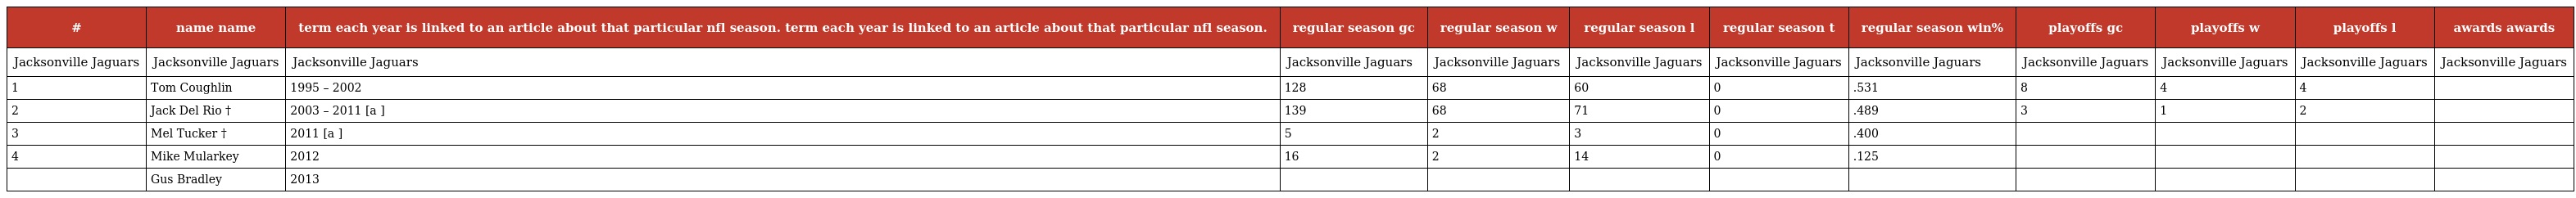
| # | name name | term each year is linked to an article about that particular nfl season. term each year is linked to an article about that particular nfl season. | regular season gc | regular season w | regular season l | regular season t | regular season win% | playoffs gc | playoffs w | playoffs l | awards awards |
 | --- | --- | --- | --- | --- | --- | --- | --- | --- | --- | --- | --- |
 | Jacksonville Jaguars | Jacksonville Jaguars | Jacksonville Jaguars | Jacksonville Jaguars | Jacksonville Jaguars | Jacksonville Jaguars | Jacksonville Jaguars | Jacksonville Jaguars | Jacksonville Jaguars | Jacksonville Jaguars | Jacksonville Jaguars | Jacksonville Jaguars |
 | 1 | Tom Coughlin | 1995 – 2002 | 128 | 68 | 60 | 0 | .531 | 8 | 4 | 4 |  |
 | 2 | Jack Del Rio † | 2003 – 2011 [a ] | 139 | 68 | 71 | 0 | .489 | 3 | 1 | 2 |  |
 | 3 | Mel Tucker † | 2011 [a ] | 5 | 2 | 3 | 0 | .400 |  |  |  |  |
 | 4 | Mike Mularkey | 2012 | 16 | 2 | 14 | 0 | .125 |  |  |  |  |
 |  | Gus Bradley | 2013 |  |  |  |  |  |  |  |  |  |